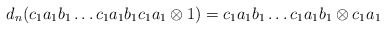
\begin{align*}d_n(c_1a_1b_1 \dots c_1a_1b_1c_1a_1 \otimes 1) = c_1a_1b_1 \dots c_1a_1b_1 \otimes c_1a_1\end{align*}